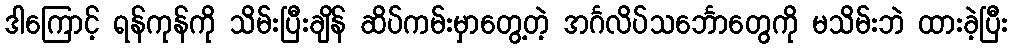
ဒါကြောင့် ရန်ကုန်ကို သိမ်းပြီးချိန် ဆိပ်ကမ်းမှာတွေ့တဲ့ အင်္ဂလိပ်သင်္ဘောတွေကို မသိမ်းဘဲ ထားခဲ့ပြီး